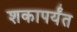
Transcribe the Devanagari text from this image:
शकापर्यंत